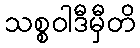
သစ္စဝါဒီမှီတိ